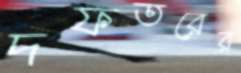
দফতরের